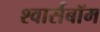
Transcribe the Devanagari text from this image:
श्वार्सबॉम